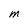
Character: m